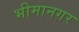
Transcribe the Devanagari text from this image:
भीमानगर